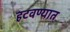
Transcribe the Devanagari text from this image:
हटवण्यात